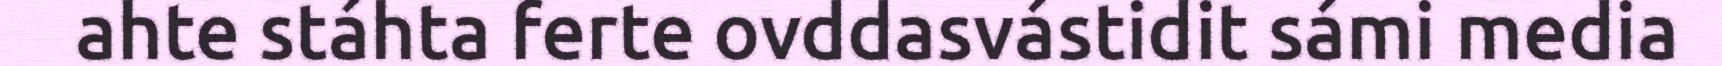
ahte stáhta ferte ovddasvástidit sámi media